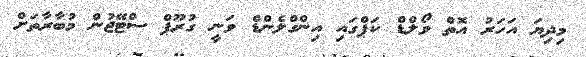
މިދިޔަ އަހަރު އޮތް ވޯލްޑް ކަޕްގައި އިންގްލެންޑް ވަނީ ގުރޫޕް ސްޓޭޖުން މުބާރާތަށް